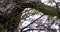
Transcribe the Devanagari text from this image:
एडिनोकार्सिनोमस